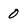
Character: 0